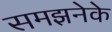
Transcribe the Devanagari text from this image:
समझनेके